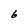
Character: b